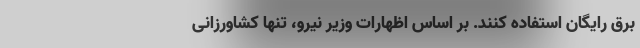
برق رایگان استفاده کنند. بر اساس اظهارات وزیر نیرو، تنها کشاورزانی